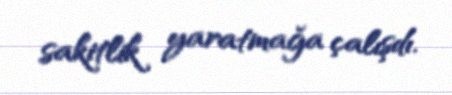
sakitlik yaratmağa çalışdı.